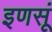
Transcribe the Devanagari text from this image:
इणसूं